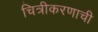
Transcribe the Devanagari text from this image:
चित्रीकरणाची